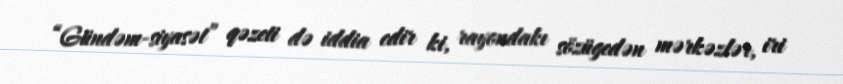
“Gündəm-siyasət” qəzeti də iddia edir ki, rayondakı sözügedən mərkəzlər, iri